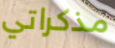
مذكراتي